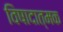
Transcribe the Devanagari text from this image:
विषादात्मक